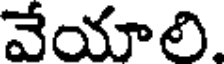
వేయాలి.